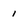
Character: 1